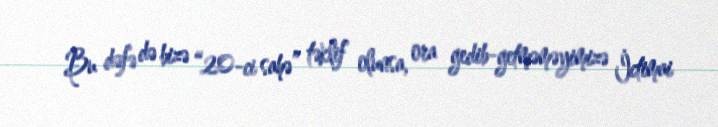
Bu dəfə də bizə “20-ci sahə” təklif olunsa, ora gedib-getməməyimizə İctimai